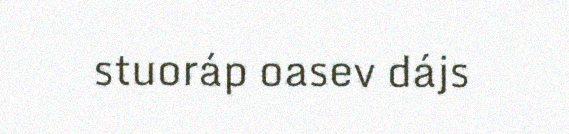
stuoráp oasev dájs